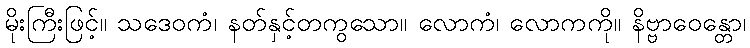
မိုးကြီးဖြင့်။ သဒေဝကံ၊ နတ်နှင့်တကွသော။ လောကံ၊ လောကကို။ နိဗ္ဗာဝေန္တော၊